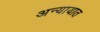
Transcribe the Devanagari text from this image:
अन्यायात